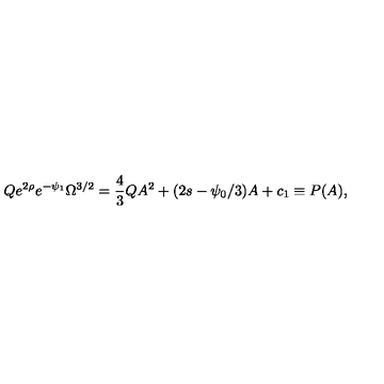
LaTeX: Q e ^ { 2 \rho } e ^ { - \psi _ { 1 } } \Omega ^ { 3 / 2 } = \frac { 4 } { 3 } Q A ^ { 2 } + ( 2 s - \psi _ { 0 } / 3 ) A + c _ { 1 } \equiv P ( A ) ,